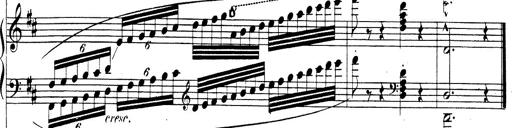
Title: Rhapsodie espagnole
Composer: Franz Liszt